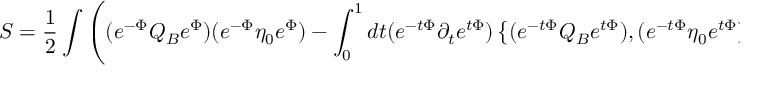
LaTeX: S = \frac { 1 } { 2 } \int \left( ( e ^ { - \Phi } Q _ { B } e ^ { \Phi } ) ( e ^ { - \Phi } \eta _ { 0 } e ^ { \Phi } ) - \int _ { 0 } ^ { 1 } d t ( e ^ { - t \Phi } \partial _ { t } e ^ { t \Phi } ) \left\{ ( e ^ { - t \Phi } Q _ { B } e ^ { t \Phi } ) , ( e ^ { - t \Phi } \eta _ { 0 } e ^ { t \Phi } ) \right\} \right) \ .